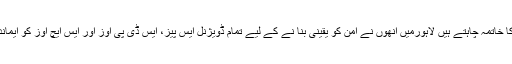
وہ شہر سے غنڈہ گردی اور فورس سے پولیس گردی کا خاتمہ چاہتے ہیں لاہورمیں انھوں نے امن کو یقینی بنا نے کے لیے تمام ڈویژنل ایس پیز، ایس ڈی پی اوز اور ایس ایچ اوز کو ایمانداری اور بغیر کسی دباؤکے کام کرنے کا حکم دیا ہے۔